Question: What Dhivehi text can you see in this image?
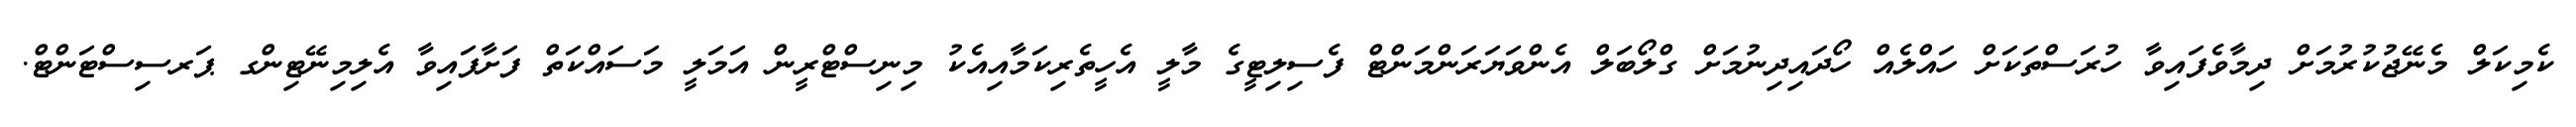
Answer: ކެމިކަލް މެނޭޖުކުރުމަށް ދިމާވެފައިވާ ހުރަސްތަކަށް ހައްލެއް ހޯދައިދިނުމަށް ގްލޯބަލް އެންވަޔަރަންމަންޓް ފެސިލިޓީގެ މާލީ އެހީތެރިކަމާއިއެކު މިނިސްޓްރީން އަމަލީ މަސައްކަތް ފަށާފައިވާ އެލިމިނޭޓިންގ ޕަރސިސްޓަންޓް.